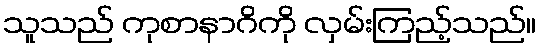
သူသည် ကုစာနာဂိကို လှမ်းကြည့်သည်။